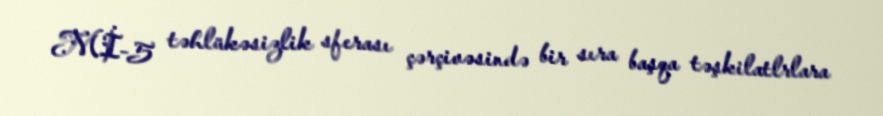
Mİ-5 təhlükəsizlik sferası çərçivəsində bir sıra başqa təşkilatlrlara